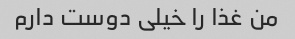
من غذا را خیلی دوست دارم